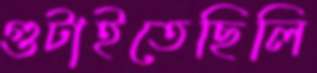
গুটাইতেছিলি